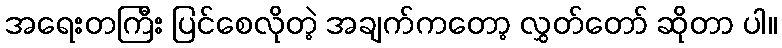
အရေးတကြီး ပြင်စေလိုတဲ့ အချက်ကတော့ လွှတ်တော် ဆိုတာ ပါ။